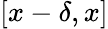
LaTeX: [x-\delta,x]